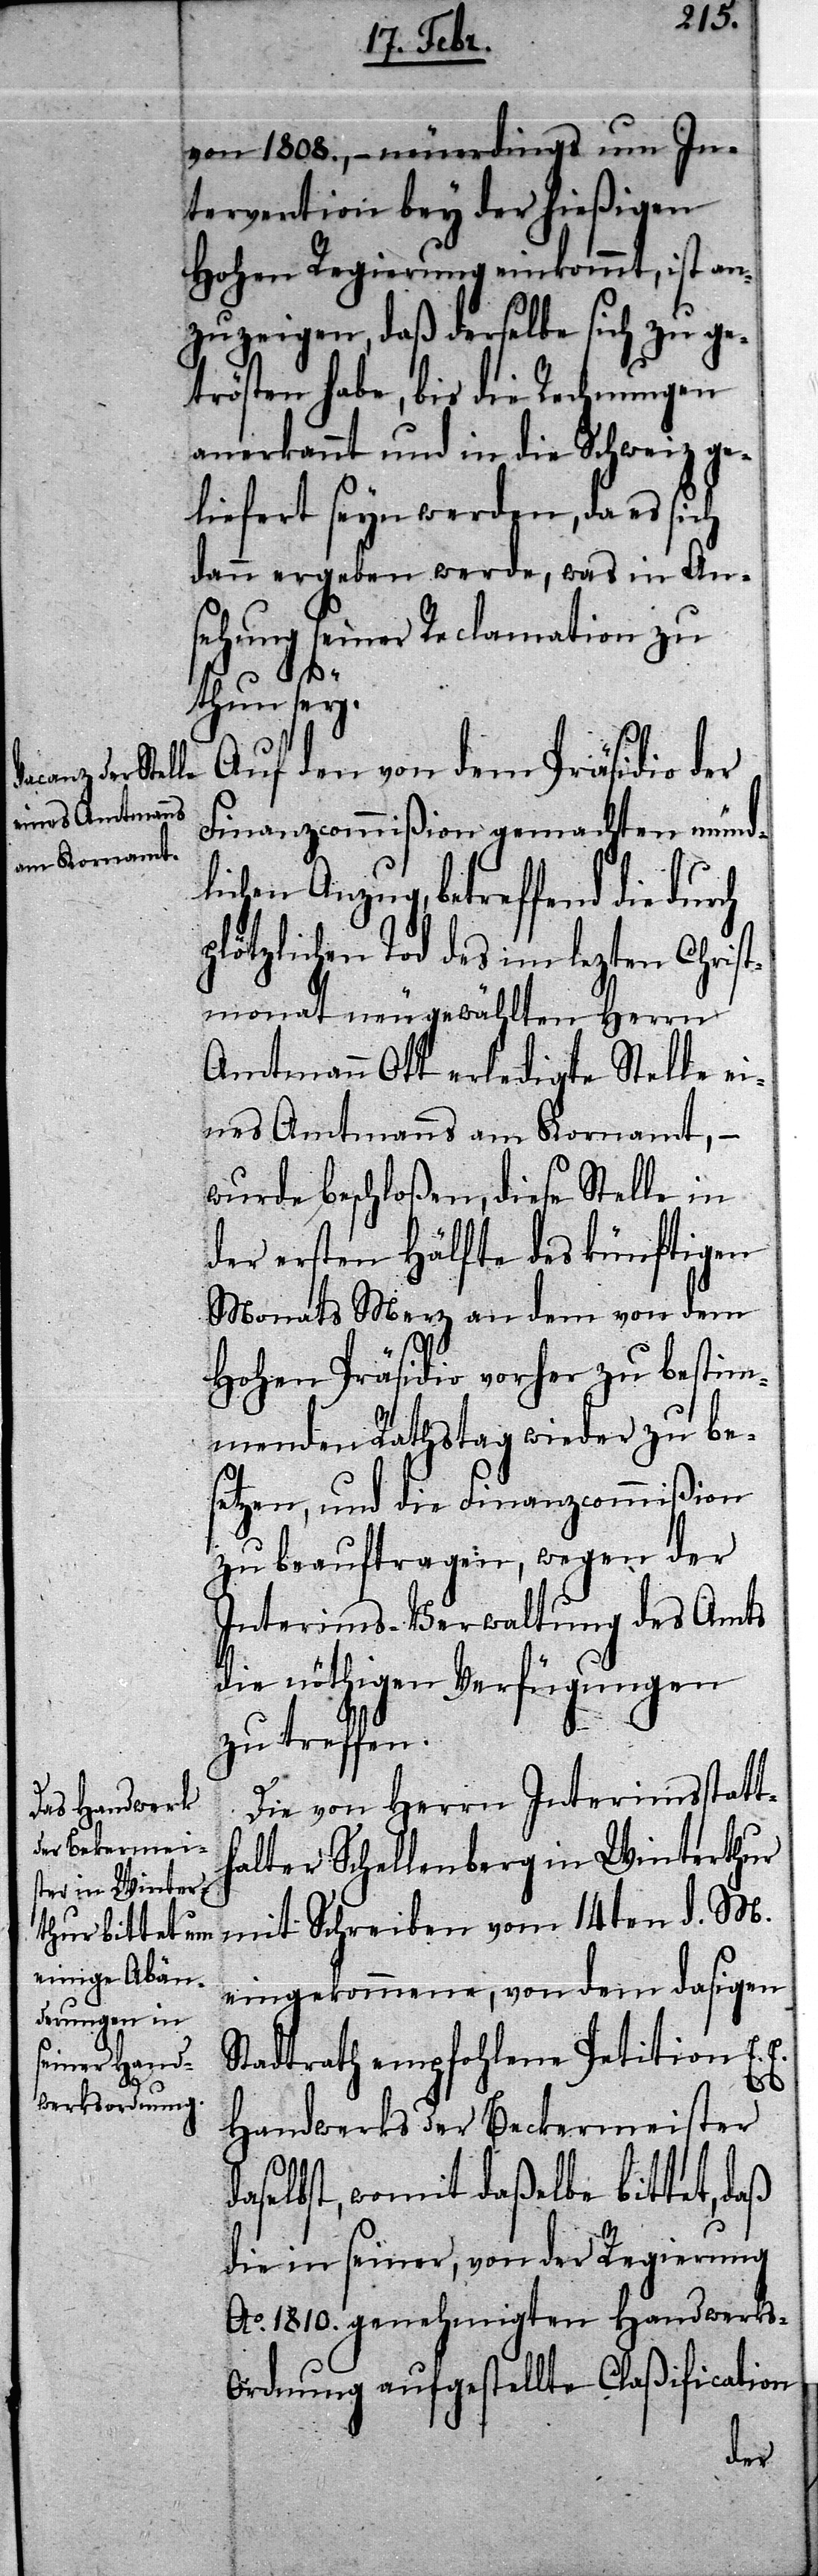
von 1808., – neuerdings um In¬
tervention bey der hießigen
Hohen Regierung einkommt, ist an¬
zuzeigen, daß derselbe sich zu ge¬
trösten habe, bis die Rechnungen
anerkannt und in die Schweiz ge¬
liefert seyn werden, da es sich
dann ergeben werde, was in An¬
sehung seiner Reclamation zu
thun sey.
Auf den von dem Präsidio der
Finanzcommißion gemachten münd¬
lichen Anzug, betreffend die
plötzlichen Tod des im lezten Christ¬
monat neugewählten Herrn
Amtmann Ott erledigte Stelle ei¬
nes Amtmanns am Kornamt, –
wurde beschloßen, diese Stelle in
der ersten Hälfte des künftigen
Monats Merz an dem von dem
Hohen Präsidio vorher zu bestim¬
menden Rathstag wieder zu be¬
setzen, und die Finanzcommißion
zu beauftragen, wegen der
Interims-Verwaltung des Amts
die nöthigen Verfügungen
zu treffen.
Die von Herrn Interimsstatt¬
halter Schellenberg in Winterthur
mit Schreiben vom 14ten d. M.
eingekommene, von dem dasigen
Stadtrath empfohlene Petition E.
Handwerks der Beckermeister
daselbst, womit daßelbe bittet, daß
die in seiner, von der Regierung
Ao. 1810. genehmigten Handwerk¬
s-Ordnung aufgestellte Claßification